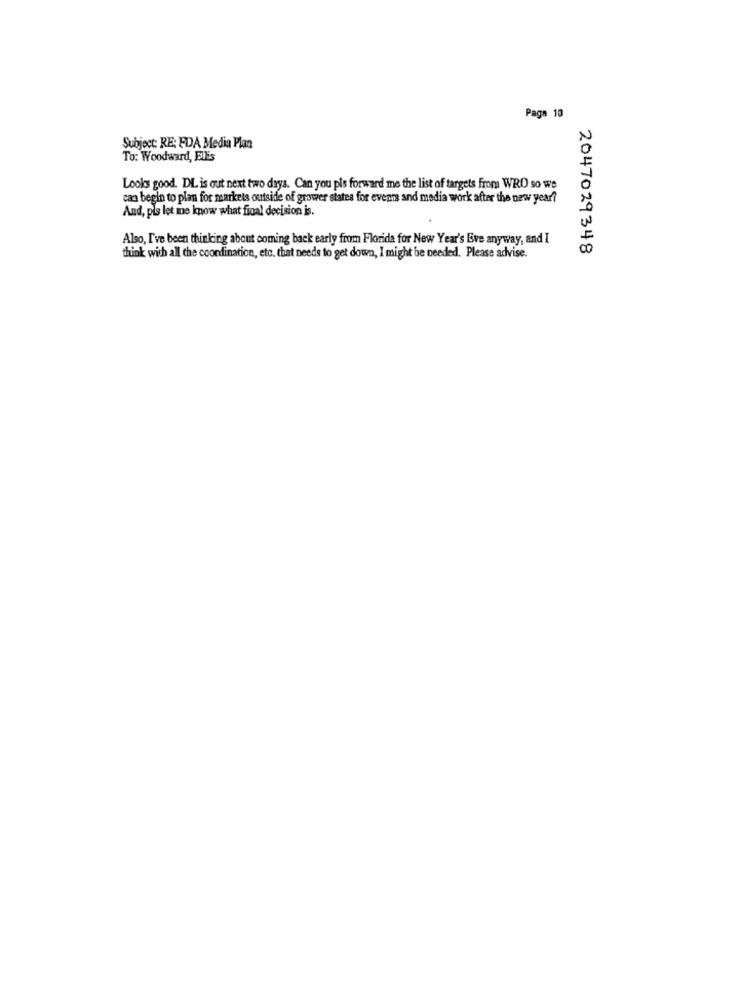
Paga 10
Subject: RE: FDA Media Plan
To: Woodward, Ellis
Looks good. DL is out next two days. Can you pis forward me the list of targets from WRO so we
can begin to plan for markets outside of grower states for events and media work after the new year?
And, pls let me know what final decision is.
Also, I've been thinking about coming back early from Florida for New Year's Eve anyway, and I
2047029348
think with all the coordination, etc. that needs to get down, I might be needed. Please advise.